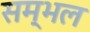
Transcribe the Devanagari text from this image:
सम्‍भल